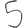
Digit: 5